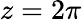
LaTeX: z=2\pi